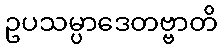
ဥပသမ္ပာဒေတဗ္ဗာတိ